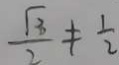
\frac { \sqrt { 3 } } { 2 } \neq \frac { 1 } { 2 }